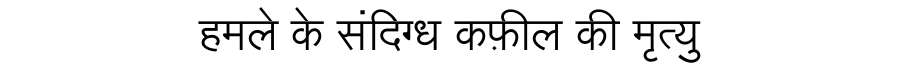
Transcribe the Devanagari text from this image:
हमले के संदिग्ध कफ़ील की मृत्यु